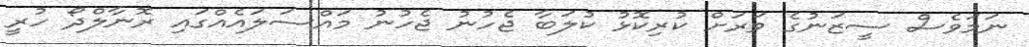
ނަމަވެސް ސީޒަނުގެ ވަރަށް ކުރިކޮޅު ކުލަބާ ޖެހުނު ޖެހުނު މައްސަލައެއްގައި ރޮނާލްދޯ ހުރީ